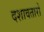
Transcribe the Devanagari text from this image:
दशावतारो